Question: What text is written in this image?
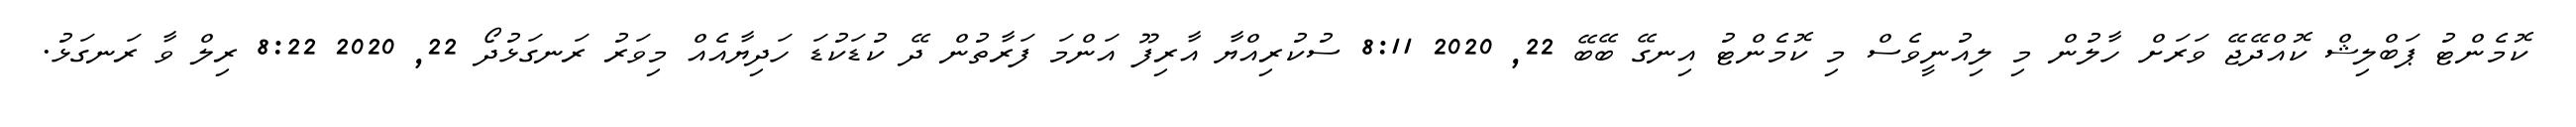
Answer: ކޮމެންޓު ޕަބްލިޝް ކޮއްދޭޖޭ ވަރަށް ހާލުން މި ލިއުނީވެސް މި ކޮމެންޓު އިނގޭ ބޭބޭ 22, 2020 8:11 ސުކުރިއްޔާ އާރިފޫ އަންމަ ފަރާތުން ދޭ ކުޑަކުޑަ ހަދިޔާއެއް މިވަރު ރަނގަޅުދޯ 22, 2020 8:22 ރިލް ވާ ރަނގަޅު.